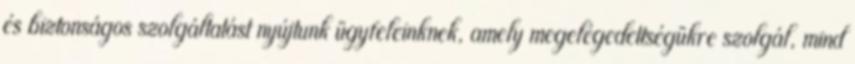
és biztonságos szolgáltatást nyújtunk ügyfeleinknek, amely megelégedettségükre szolgál, mind